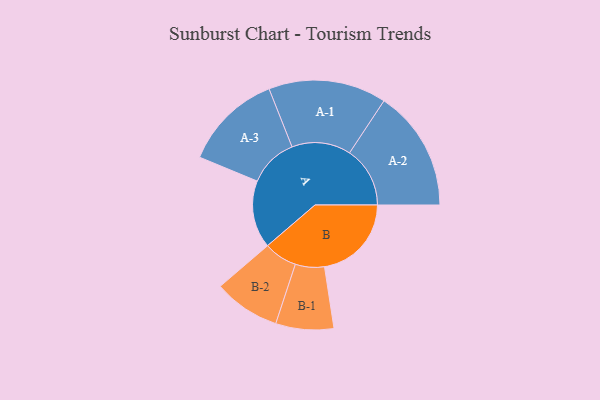
{"axis": {"x": "Segment", "y": "Value"}, "legend": ["", "A", "B"], "data": [{"x": "A", "y": 268, "type": ""}, {"x": "B", "y": 345, "type": ""}, {"x": "A-1", "y": 234, "type": "A"}, {"x": "A-2", "y": 240, "type": "A"}, {"x": "A-3", "y": 195, "type": "A"}, {"x": "B-1", "y": 115, "type": "B"}, {"x": "B-2", "y": 132, "type": "B"}]}